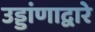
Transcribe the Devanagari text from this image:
उड्डांणाद्वारे